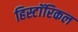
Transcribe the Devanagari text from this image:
हिस्टाॅरिकल